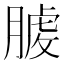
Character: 𦞬